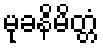
မုခနိမိတ္တံ